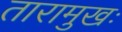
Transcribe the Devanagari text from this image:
तारामुखः